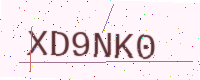
Text: XD9NK0